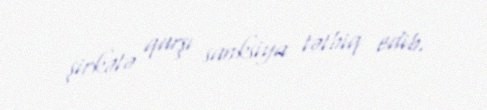
şirkətə qarşı sanksiya tətbiq edib.